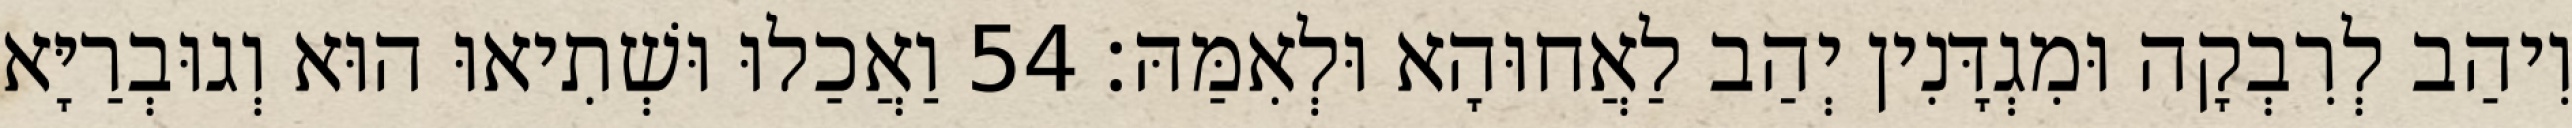
וִיהַב לְרִבְקָה וּמִגְדָּנִין יְהַב לַאֲחוּהָא וּלְאִמַּהּ׃ 54 וַאֲכַלוּ וּשְׁתִיאוּ הוּא וְגוּבְרַיָּא